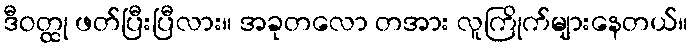
ဒီဝတ္ထု ဖတ်ပြီးပြီလား။ အခုတလော တအား လူကြိုက်များနေတယ်။